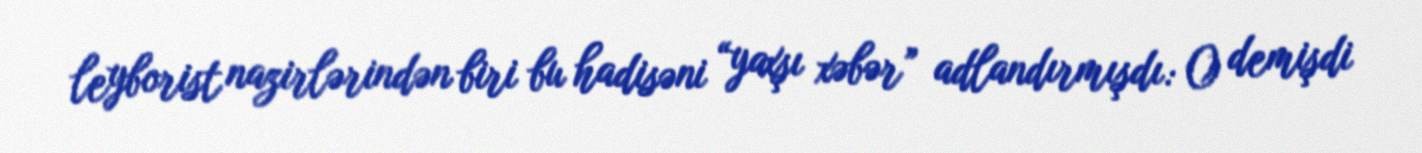
leyborist nazirlərindən biri bu hadisəni “yaxşı xəbər” adlandırmışdı: O demişdi